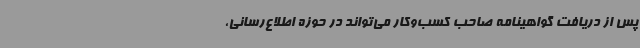
پس از دریافت گواهینامه صاحب کسب‌وکار می‌تواند در حوزه اطلاع‌رسانی،